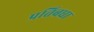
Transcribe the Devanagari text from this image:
प्रतिबधा